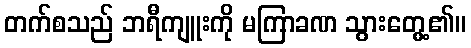
တက်စသည် ဘရီကျူးကို မကြာခဏ သွားတွေ့၏။